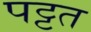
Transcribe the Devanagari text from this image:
पट्टत